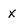
Character: x